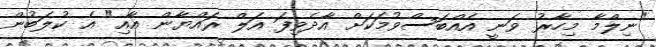
"ނިލްމާ މިހާރު ވަނީ އެއްބަސްވުމަކަށް އާދެވިފަ އަލް ރައްޔާން އާއި" އެ ކުލަބުން